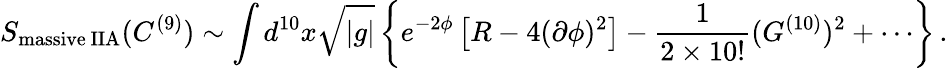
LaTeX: S_{\mathrm{massive\ IIA}}(C^{(9)})\sim\int d^{10}x{\sqrt{|g|}}\left\{ e^{-2\phi}\left[R-4(\partial\phi)^{2}\right]-\frac{1}{2\times 10!}(G^{(10)})^{2}+\cdots\right\} \, .